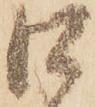
口